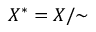
X ^ { * } = X / { \sim }